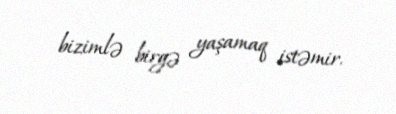
bizimlə birgə yaşamaq istəmir.